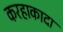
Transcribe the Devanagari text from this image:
करहाकादा